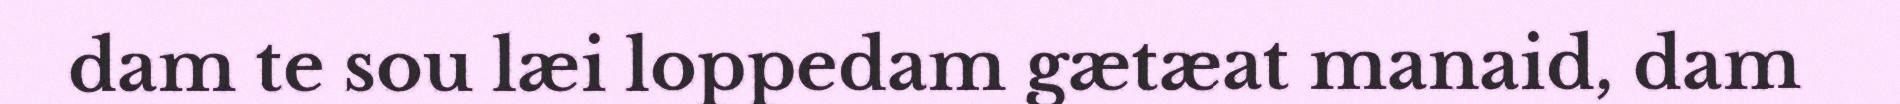
dam te sou læi loppedam gætæat manaid, dam